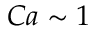
C a \sim 1